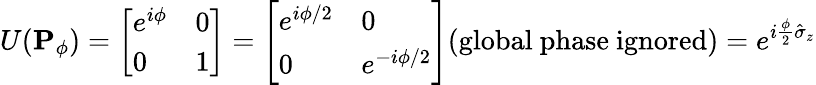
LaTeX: U(\mathbf{P}_{\phi})={\left[\begin{array}{ll}{e^{i\phi}}&{0}\\ {0}&{1}\end{array}\right]}={\left[\begin{array}{ll}{e^{i\phi/2}}&{0}\\ {0}&{e^{-i\phi/2}}\end{array}\right]}{\mathrm{(global~phase~ignored)}}=e^{i{\frac{\phi}{2}}{\hat{\sigma}}_{z}}